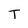
Character: T